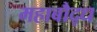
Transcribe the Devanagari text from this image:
महाबौद्ध